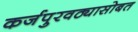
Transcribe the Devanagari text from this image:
कर्जपुरवठ्यासोबत